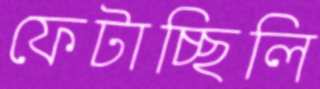
ফেটাচ্ছিলি